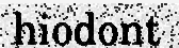
hiodont